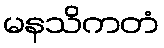
မနသိကတံ